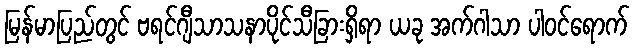
မြန်မာပြည်တွင် ဗရင်ဂျီသာသနာပိုင်သီခြားရှိရာ ယခု အက်ဂါသာ ပါဝင်ရောက်